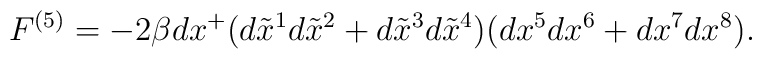
F^{(5)} = - 2\beta dx^+ ( d\tilde{x}^1 d\tilde{x}^2 + d\tilde{x}^3 d\tilde{x}^4) ( dx^5 dx^6 + dx^7 dx^8 ).